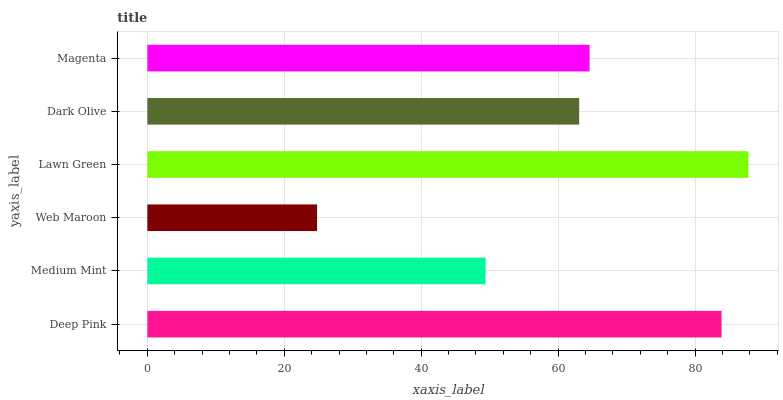
| yaxis_label | bars |
 | --- | --- |
 | Deep Pink | 83.9 |
 | Medium Mint | 49.4 |
 | Web Maroon | 24.8 |
 | Lawn Green | 87.8 |
 | Dark Olive | 63.1 |
 | Magenta | 64.6 |